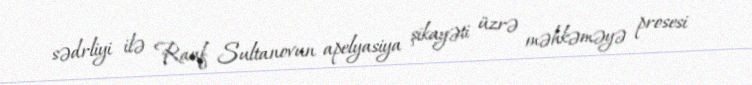
sədrliyi ilə Rauf Sultanovun apelyasiya şikayəti üzrə məhkəməyə prosesi